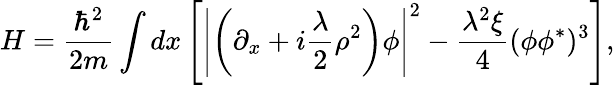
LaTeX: H=\frac{\hbar^{2}}{2m}\int dx\left[\left|\left(\partial_{x}+i{\frac{\lambda}{2}}\rho^{2}\right)\phi\right|^{2}-\frac{\lambda^{2}\xi}{4}(\phi\phi^{*})^{3}\right],